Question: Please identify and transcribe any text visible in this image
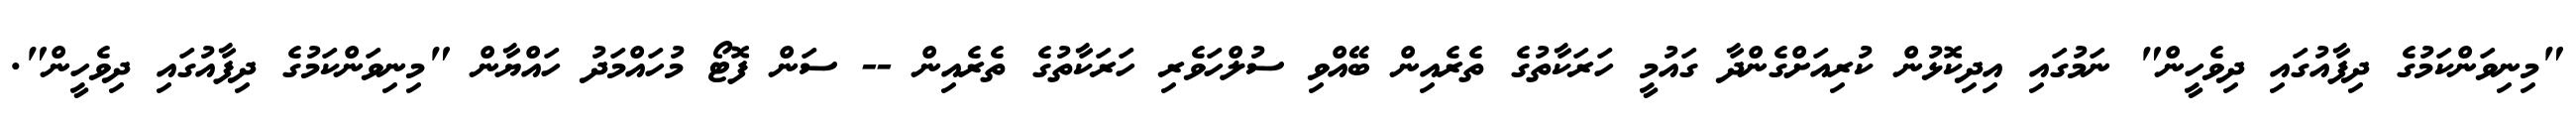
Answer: "މިނިވަންކަމުގެ ދިފާއުގައި ދިވެހީން" ނަމުގައި އިދިކޮޅުން ކުރިއަށްގެންދާ ގައުމީ ހަރަކާތުގެ ތެރެއިން ބޭއްވި ސުލްހަވެރި ހަރަކާތުގެ ތެރެއިން -- ސަން ފޮޓޯ މުހައްމަދު ހައްޔާން "މިނިވަންކަމުގެ ދިފާއުގައި ދިވެހީން".